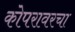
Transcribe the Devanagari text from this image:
कोपरावरचा